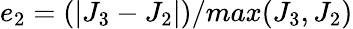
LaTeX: e_{2}=(|J_{3}-J_{2}|)/max(J_{3},J_{2})